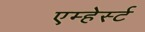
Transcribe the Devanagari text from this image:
एम्हेर्स्ट